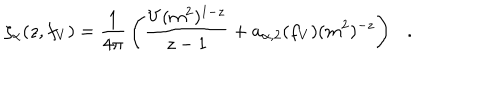
LaTeX: \zeta _ { \alpha } ( z , f _ { V } ) = { \frac { 1 } { 4 \pi } } \left( { \frac { V ( m ^ { 2 } ) ^ { 1 - z } } { z - 1 } } + a _ { \alpha , 2 } ( f _ { V } ) ( m ^ { 2 } ) ^ { - z } \right) .